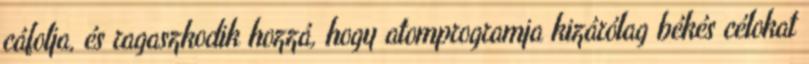
cáfolja, és ragaszkodik hozzá, hogy atomprogramja kizárólag békés célokat